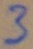
Text: 3